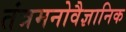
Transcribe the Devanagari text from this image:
तंत्रमनोवैज्ञानिक